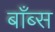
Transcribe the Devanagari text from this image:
बाँब्स